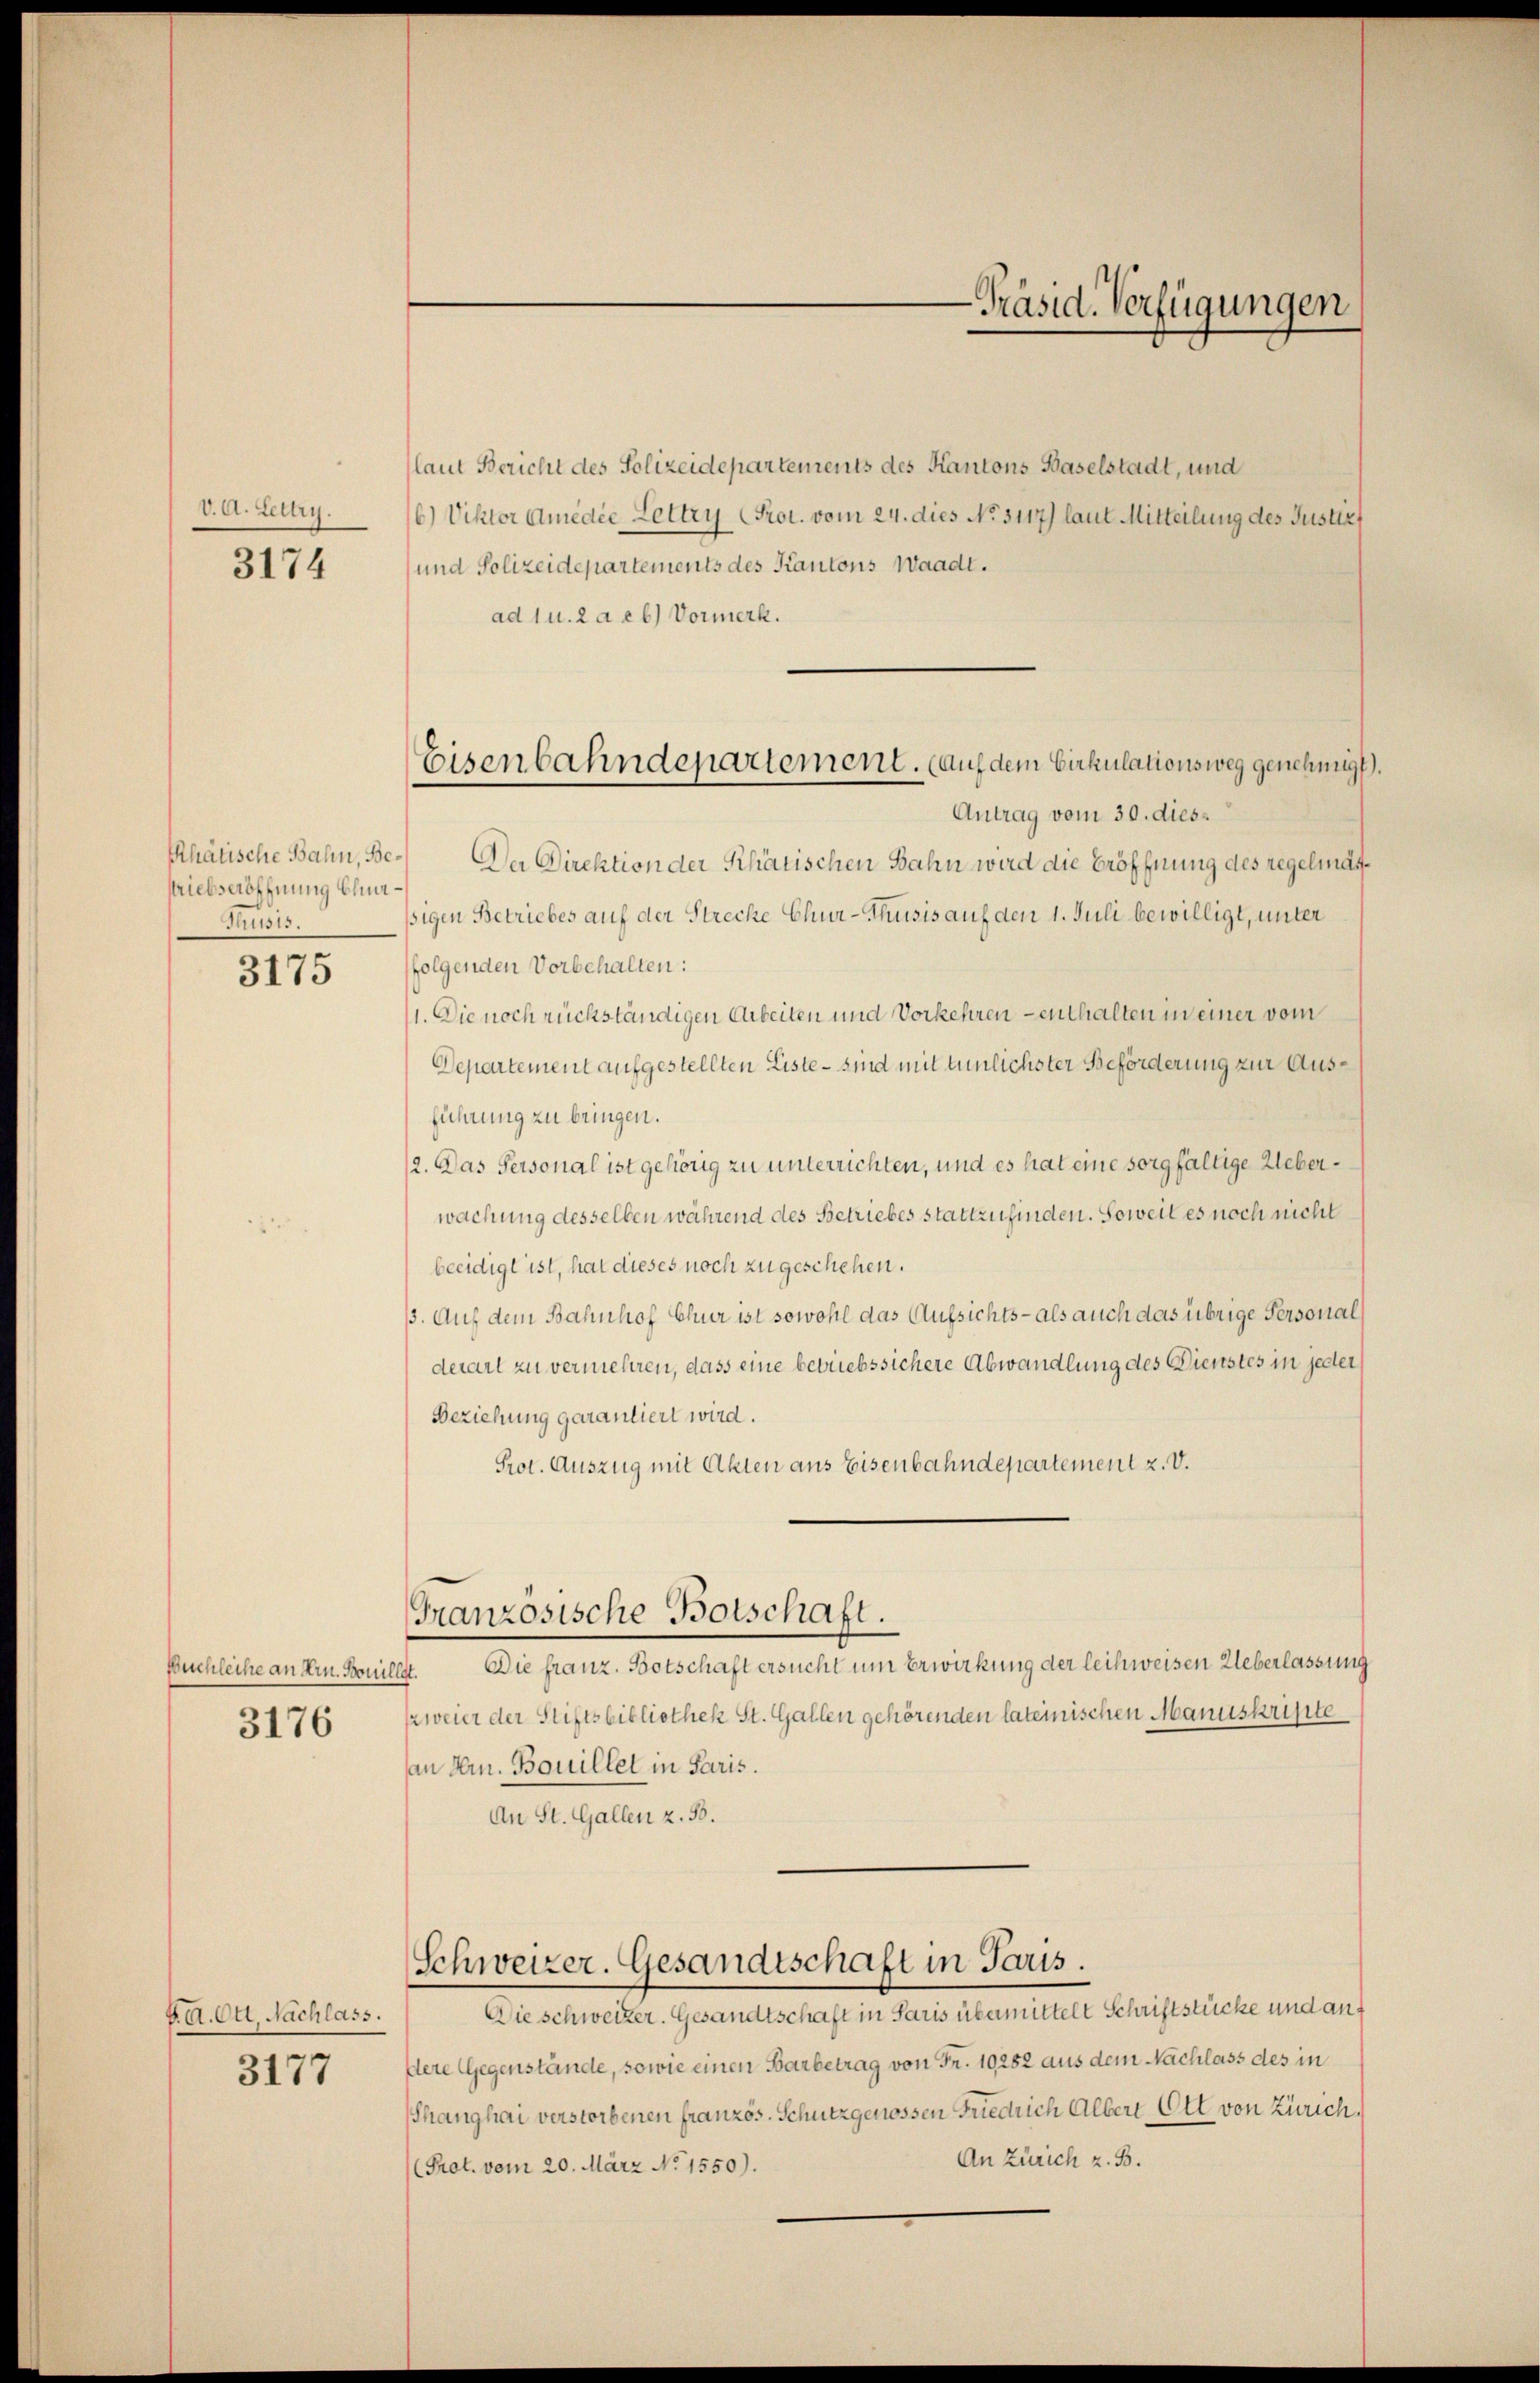
V. A. Zeltry.

3174

Rhätische Bahn, Betriebseröffnung Chur¬
Thusis.

3175

Buchleihe an Hrn. Bouil
3176

PA. Ott. Nachlass.
3177

Eisenbahndepartement. (auf dem Cirkulationsweg genehmigt.

-Präsid. Verfügungen

laut Bericht des Polizeidepartements des Kantons Baselstadt, und
6) Vichter Amedie Lettry (Prot. vom 24. dies No. 5117) laut Mitteilung des Justizf
und Polizeidepartements des Kantons Waadt.
ad 1 u. 2 a eb) Vormerk.
Antrag vom 30. dies
Da Direktion der Khärischen Bahn wird die Eröffnung des regelmatsigen Betriebes auf der Strecke Chur-Thusis auf den 1. Juli bewilligt, unter
folgenden Vorbehalten:
11. Die noch rückständigen Arbeiten und Vorkehren - enthalten in einer vom
Departement aufgestellten Liste – sind mit tunlichster Beförderung zur Ausführung zu bringen.
12. Das Personal ist gehörig zu unterrichten, und es hat eine sorgfältige Ueberwachung desselben während des Betriebes stattzufinden. Soweit es noch nicht
beeidigt ist, hat dieses noch zu geschehen.
13. Auf dem Bahnhof Chur ist sowohl das Aufsichts- als auch das übrige Personal
derart zu vermehren, dass eine betriebssichere Abwandlung des Dienstes in jeder
Beziehung garantiert wird.
Prot. Auszug mit Akten aus Eisenbahndepartement z. V.
Granzosische Botschaft.
Die franz. Botschaft ersucht um Erwirkung der leihweisen Ueberlassung
t.
zweier der Stiftsbibliothek St. Gallen gehörenden lateinischen Manuskripte
an Hrn. Bouillet in Paris.
An St. Gallen z. B.
Schweizer. Gesandtschaft in Paris.
Die schweizer. Gesandtschaft in Paris übermittelt Schriftstücke und andere Gegenstände, sowie einen Barbetrag von Fr. 19282 aus dem Nachlass des in
Thanghai verstorbenen französ. Schutzgenossen Friedrich Albert Ott von Zürich¬
An Zürich z. B.
(Prot. vom 20. März No 1550).